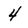
Character: 4